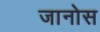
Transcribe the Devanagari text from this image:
जानोस